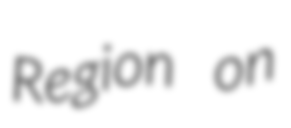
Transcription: Region on